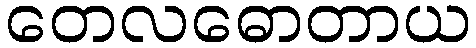
တေလဓောတာယ